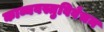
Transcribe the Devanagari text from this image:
काव्यवस्तुविवेचन